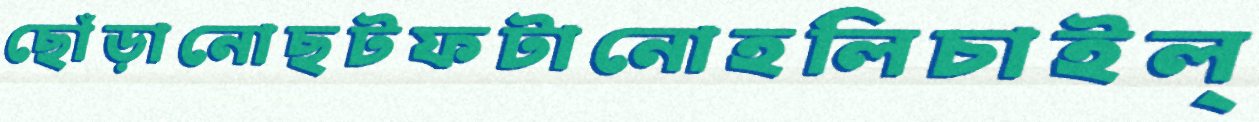
ছোঁড়ানোছটফটানোহলিচাইল্